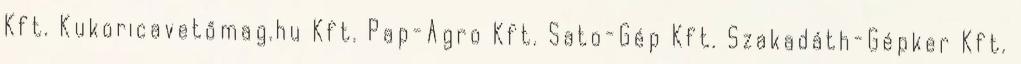
Kft. Kukoricavetőmag.hu Kft. Pap-Agro Kft. Sato-Gép Kft. Szakadáth-Gépker Kft.